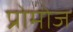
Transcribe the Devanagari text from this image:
प्रोमोज